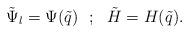
LaTeX: \begin{align*}\tilde \Psi _l=\Psi (\tilde q)~~;~~\tilde H=H (\tilde q).\end{align*}